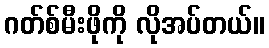
ဂတ်စ်မီးဖိုကို လိုအပ်တယ်။